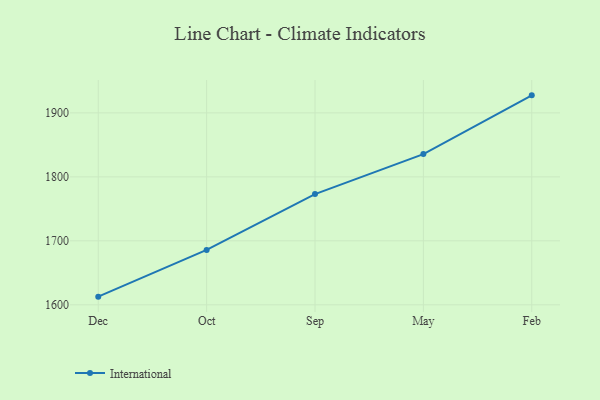
{"axis": {"x": "Month", "y": "Conversion Rate (%)"}, "legend": ["International"], "data": [{"x": "Dec", "y": 1612.8, "type": "International"}, {"x": "Oct", "y": 1685.8, "type": "International"}, {"x": "Sep", "y": 1773.1, "type": "International"}, {"x": "May", "y": 1835.6, "type": "International"}, {"x": "Feb", "y": 1927.4, "type": "International"}]}